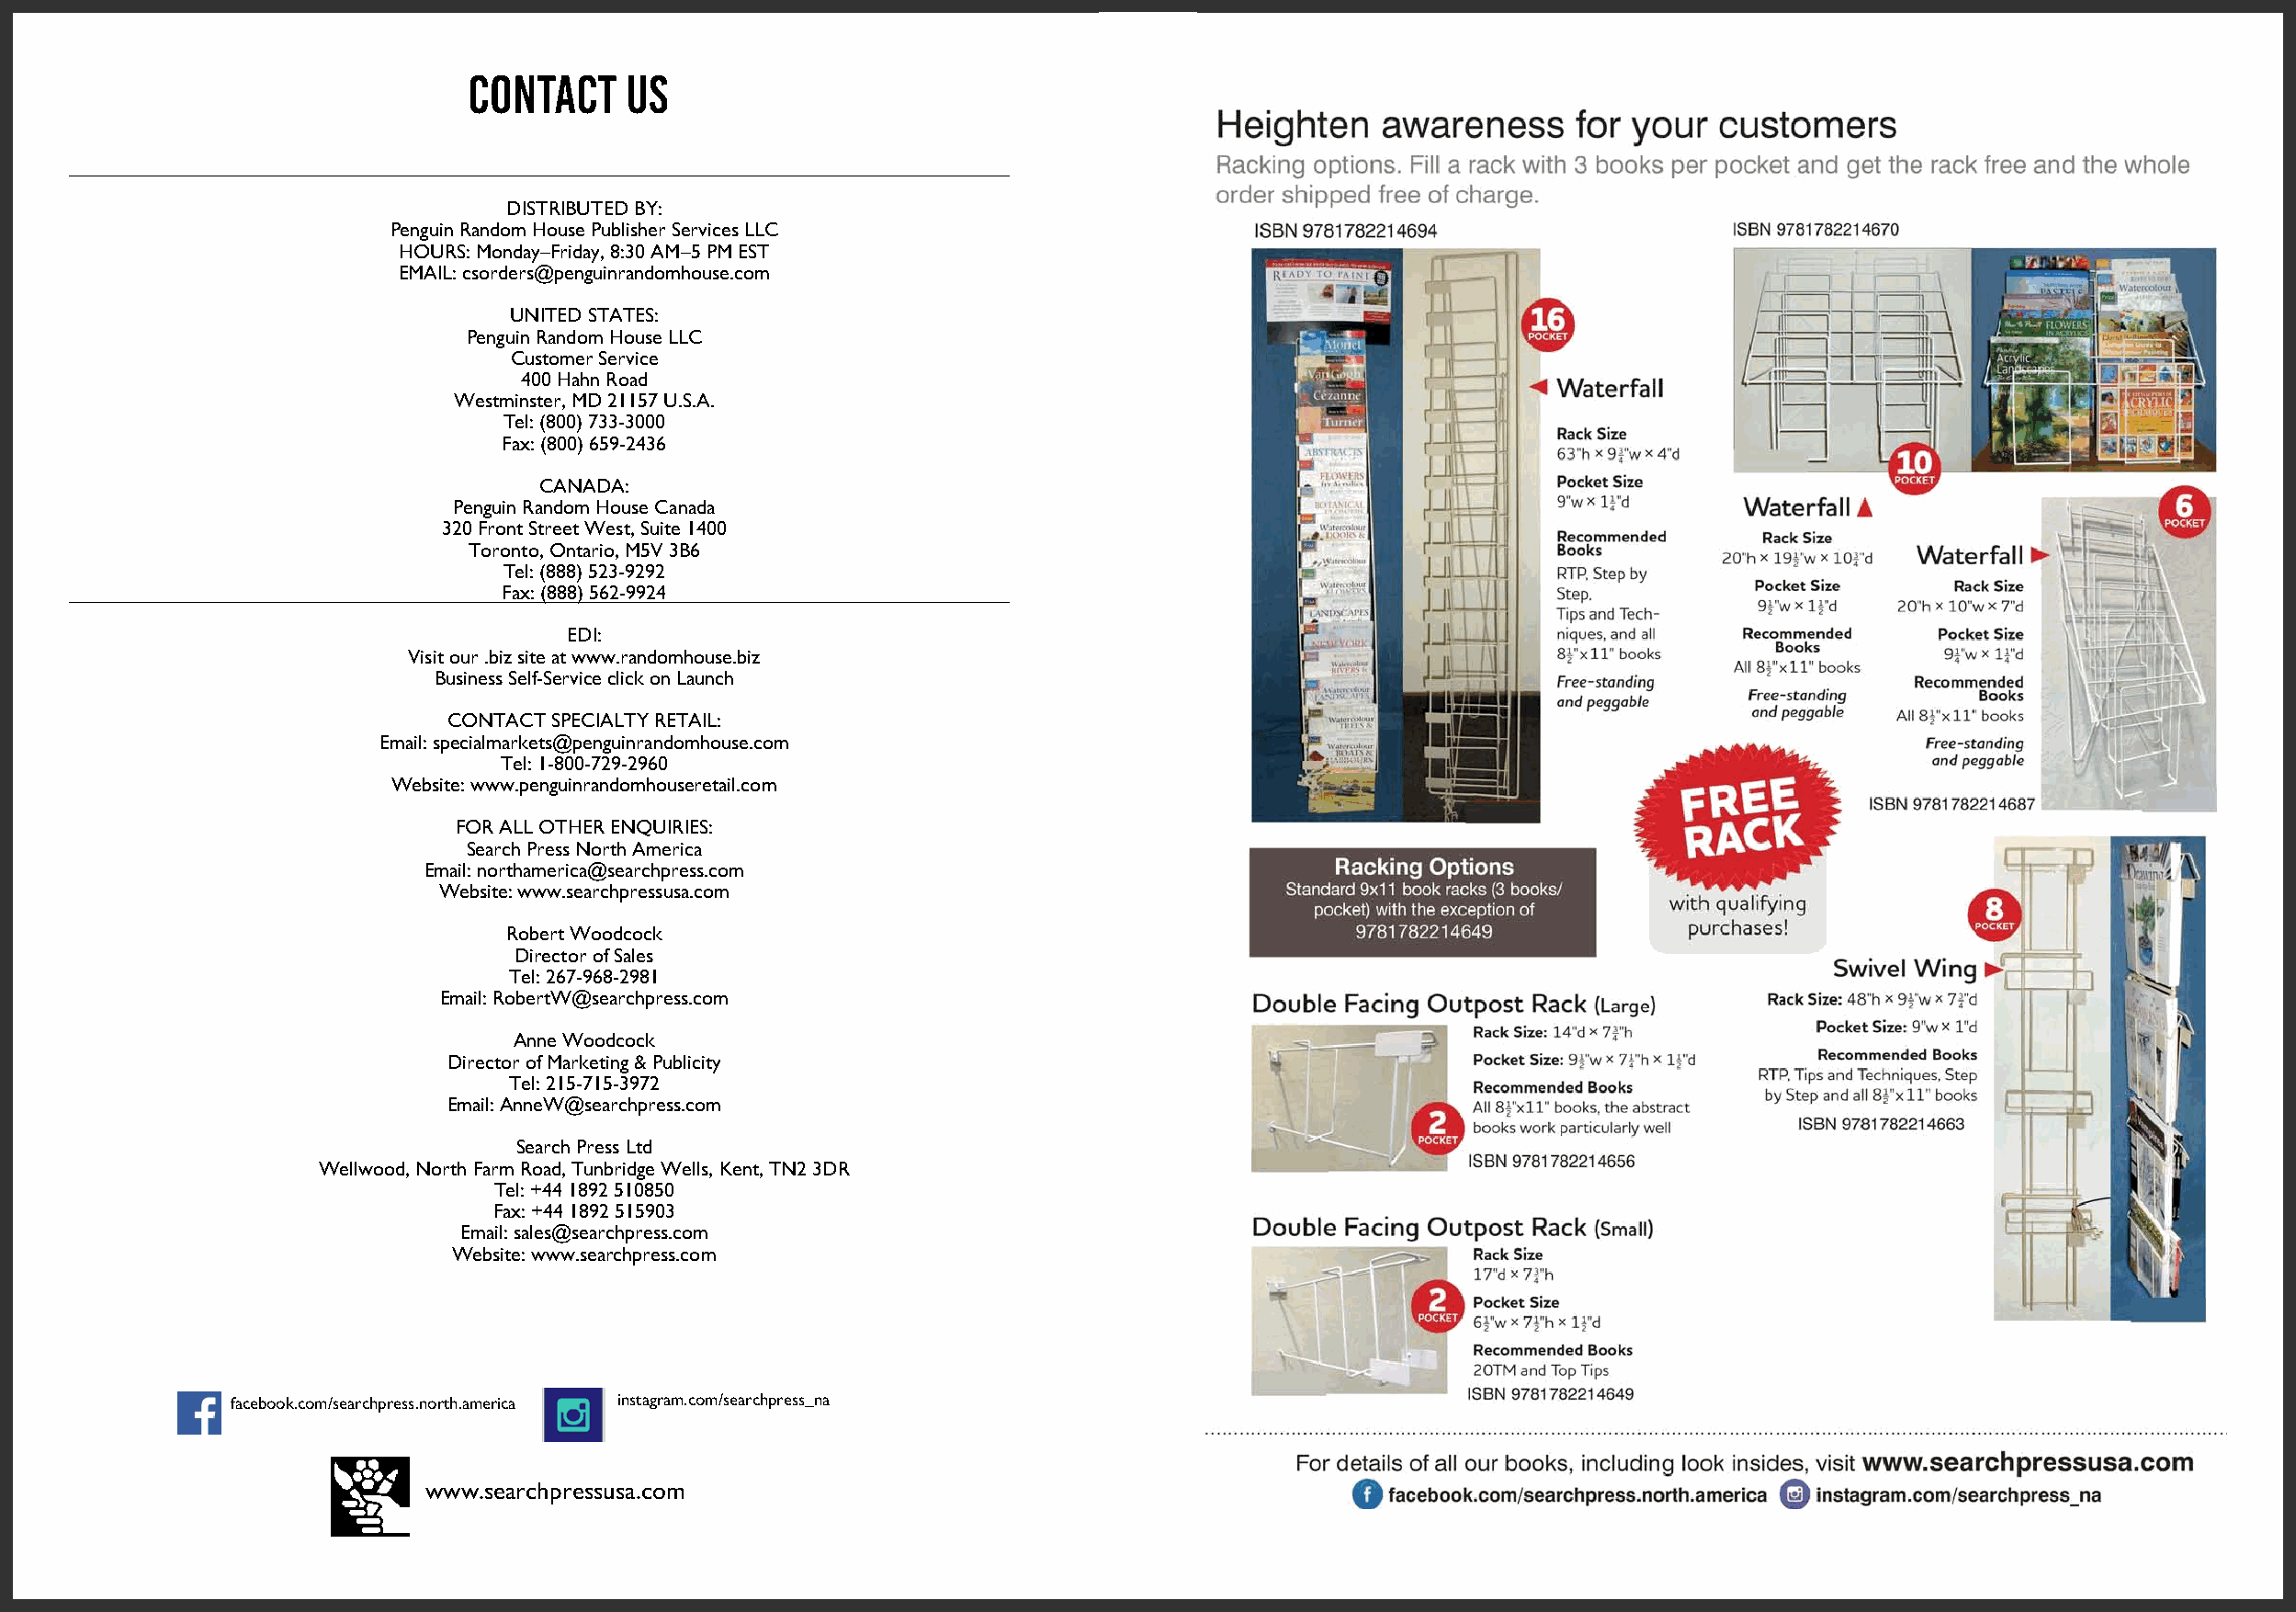
CONTACT    US
 DISTRIBUTED BY:
 Penguin Random House Publisher Services LLC
 HOURS: Monday–Friday, 8:30 AM–5 PM EST
 EMAIL: csorders@penguinrandomhouse.com
 UNITED STATES:
 Penguin Random House LLC
 Customer Service
 400 Hahn Road
 Westminster, MD 21157 U.S.A.
 Tel: (800) 733-3000
 Fax: (800) 659-2436
 CANADA:
 Penguin Random House Canada
 320 Front Street West, Suite 1400
 Toronto, Ontario, M5V 3B6
 Tel: (888) 523-9292
 Fax: (888) 562-9924
 EDI:
 Visit our .biz site at www.randomhouse.biz
 Business Self-Service click on Launch
 CONTACT SPECIALTY RETAIL:
 Email: specialmarkets@penguinrandomhouse.com
 Tel: 1-800-729-2960
 Website: www.penguinrandomhouseretail.com
 FOR ALL OTHER ENQUIRIES:
 Search Press North America
 Email: northamerica@searchpress.com
 Website: www.searchpressusa.com
 Robert Woodcock
 Director of Sales
 Tel: 267-968-2981
 Email: RobertW@searchpress.com
 Anne Woodcock
 Director of Marketing & Publicity
 Tel: 215-715-3972
 Email: AnneW@searchpress.com
 Search Press Ltd
 Wellwood, North Farm Road, Tunbridge Wells, Kent, TN2 3DR
 Tel: +44 1892 510850
 Fax: +44 1892 515903
 Email: sales@searchpress.com
 Website: www.searchpress.com
 facebook.com/searchpress.north.america instagram.com/searchpress_na
 www.searchpressusa.com
 57